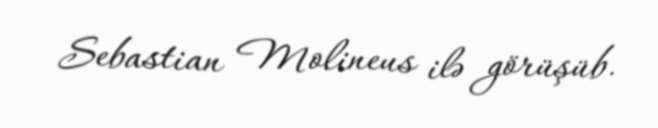
Sebastian Molineus ilə görüşüb.